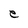
Character: e